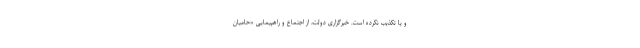
و یا تکذیب نکرده است. خبرگزاری دولت، از اجتماع و راهپیمایی «حامیان